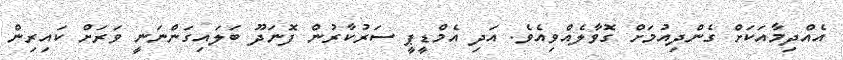
އެއްދިމާއަކަށް ގެންދިއުމަށް ގޮވާލެއްވިއެވެ. އަދި އެމްޑީޕީ ސަރުކާރުން ފޮނަދޫ ބަލައިގަންނަނީ ވަރަށް ކައިރިން